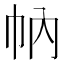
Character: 𢁩